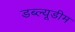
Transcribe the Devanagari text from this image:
डब्ल्यूडीम